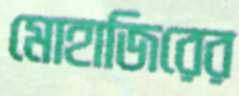
মোহাজিরের